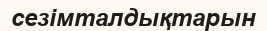
сезімталдықтарын